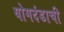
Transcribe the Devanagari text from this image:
योगदंडाची